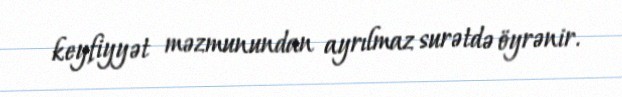
keyfiyyət məzmunundan ayrılmaz surətdə öyrənir.